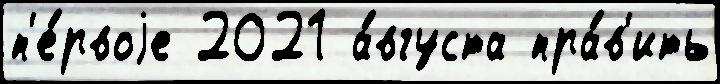
п'е́рвоjе 2021 а́вгуста пра́в'ить